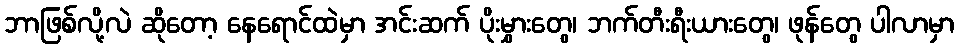
ဘာဖြစ်လို့လဲ ဆိုတော့ နေရောင်ထဲမှာ အင်းဆက် ပိုးမွှားတွေ၊ ဘက်တီးရီးယားတွေ၊ ဖုန်တွေ ပါလာမှာ